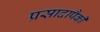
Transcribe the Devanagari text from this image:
प्रसादापैकी